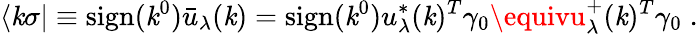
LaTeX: \langle\mathit{k}\sigma|\equiv\mathrm{{sign}}(\mathit{k}^{0})\bar{{u}}_{\lambda}(\mathit{k})=\mathrm{{sign}}(\mathit{k}^{0})u_{\lambda}^{*}(\mathit{k})^{T}\gamma_{0}\equivu_{\lambda}^{+}(\mathit{k})^{T}\gamma_{0}\; .